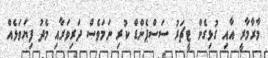
މާރާމާރީ އާއި ގުޅިގެން ޓީޗަރު ސަސްޕެންޑް ކުރި ނަމަވެސް ދަރިވަރާއި މެދު ފިޔަވަޅެއް